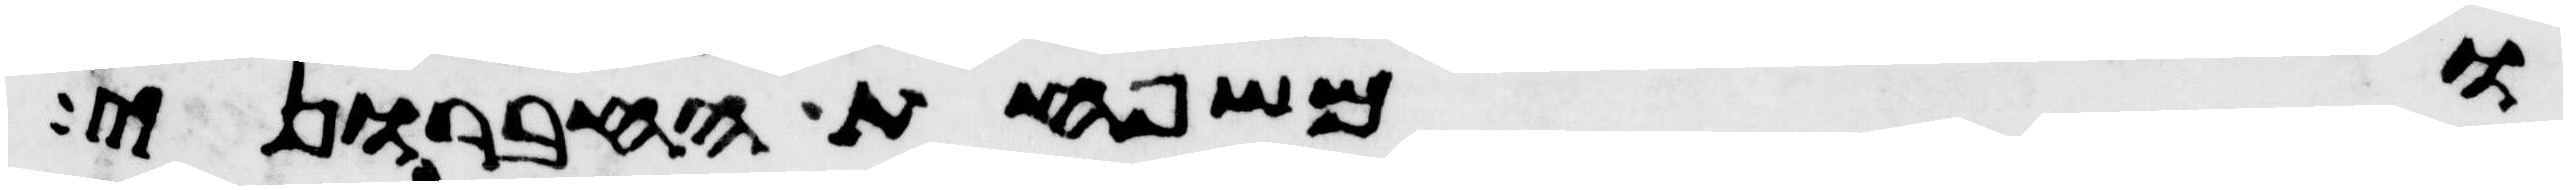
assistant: ומשפחת החברוני